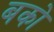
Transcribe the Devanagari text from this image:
बको